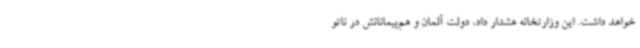
خواهد داشت. این وزارتخانه هشدار داد، دولت آلمان و هم‌پیمانانش در ناتو